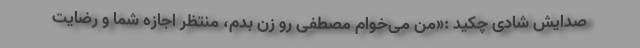
صدایش شادی چکید :«من می‌خوام مصطفی رو زن بدم، منتظر اجازه شما و رضایت